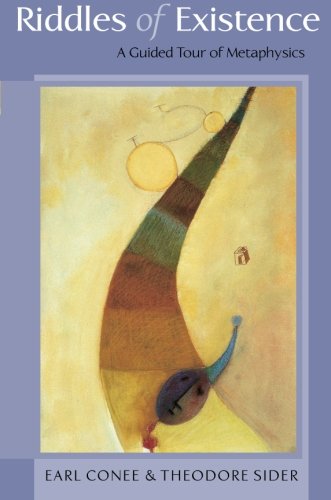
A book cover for Riddles of Existence: A Guided Tour of Metaphysics; Earl Conee; Politics & Social Sciences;